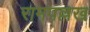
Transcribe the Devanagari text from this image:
रामपल्लख